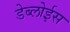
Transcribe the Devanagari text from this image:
डेब्लोईस